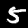
Digit: 5